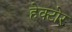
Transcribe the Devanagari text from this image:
हेक्टोर